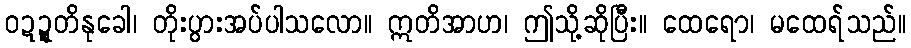
ဝဍ္ဍတိနုခေါ၊ တိုးပွားအပ်ပါသလော။ ဣတိအာဟ၊ ဤသို့ဆိုပြီး။ ထေရော၊ မထေရ်သည်။